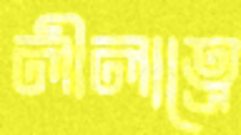
লীলাত্রে